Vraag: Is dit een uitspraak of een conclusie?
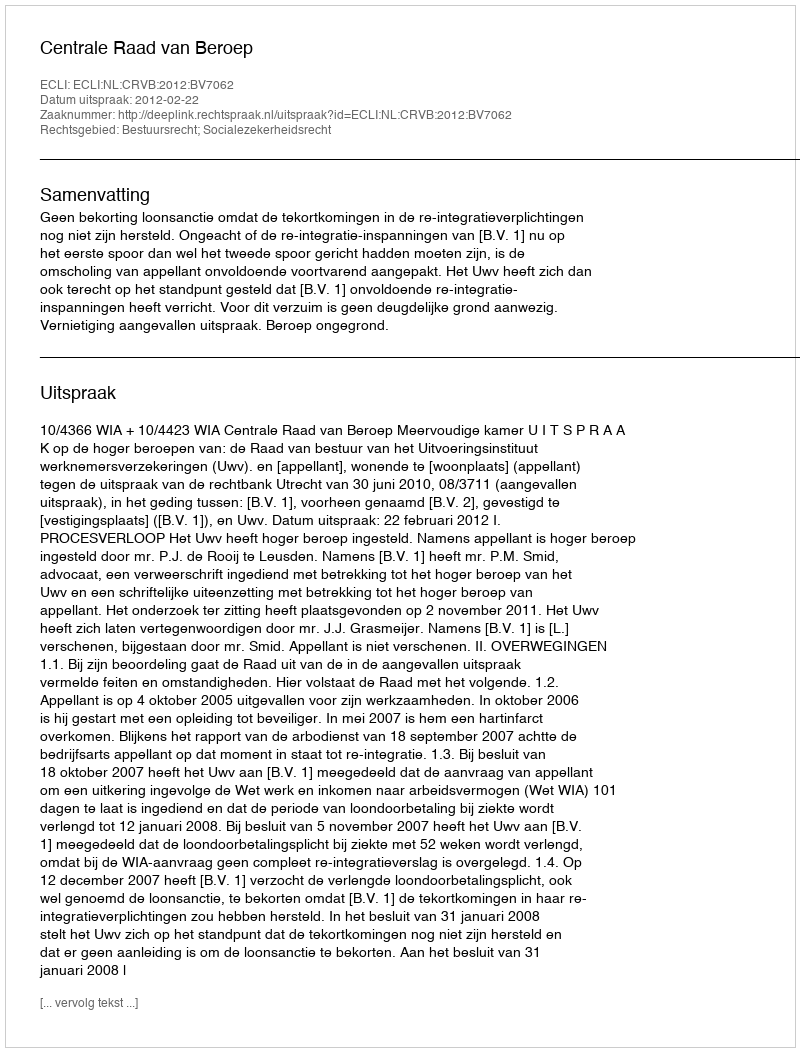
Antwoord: Uitspraak